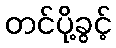
တင်ပို့ခွင့်